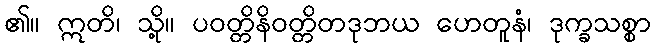
၏။ ဣတိ၊ သို့။ ပဝတ္တိနိဝတ္တိတဒုဘယ ဟေတူနံ၊ ဒုက္ခသစ္စာ